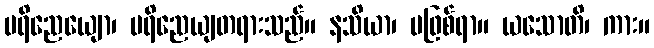
ပရိညေယျော၊ ပရိညေယျတရားသည်။ နသိယာ၊ မဖြစ်ရာ။ ယသောတိ၊ ကား။